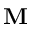
\mathbf { M }